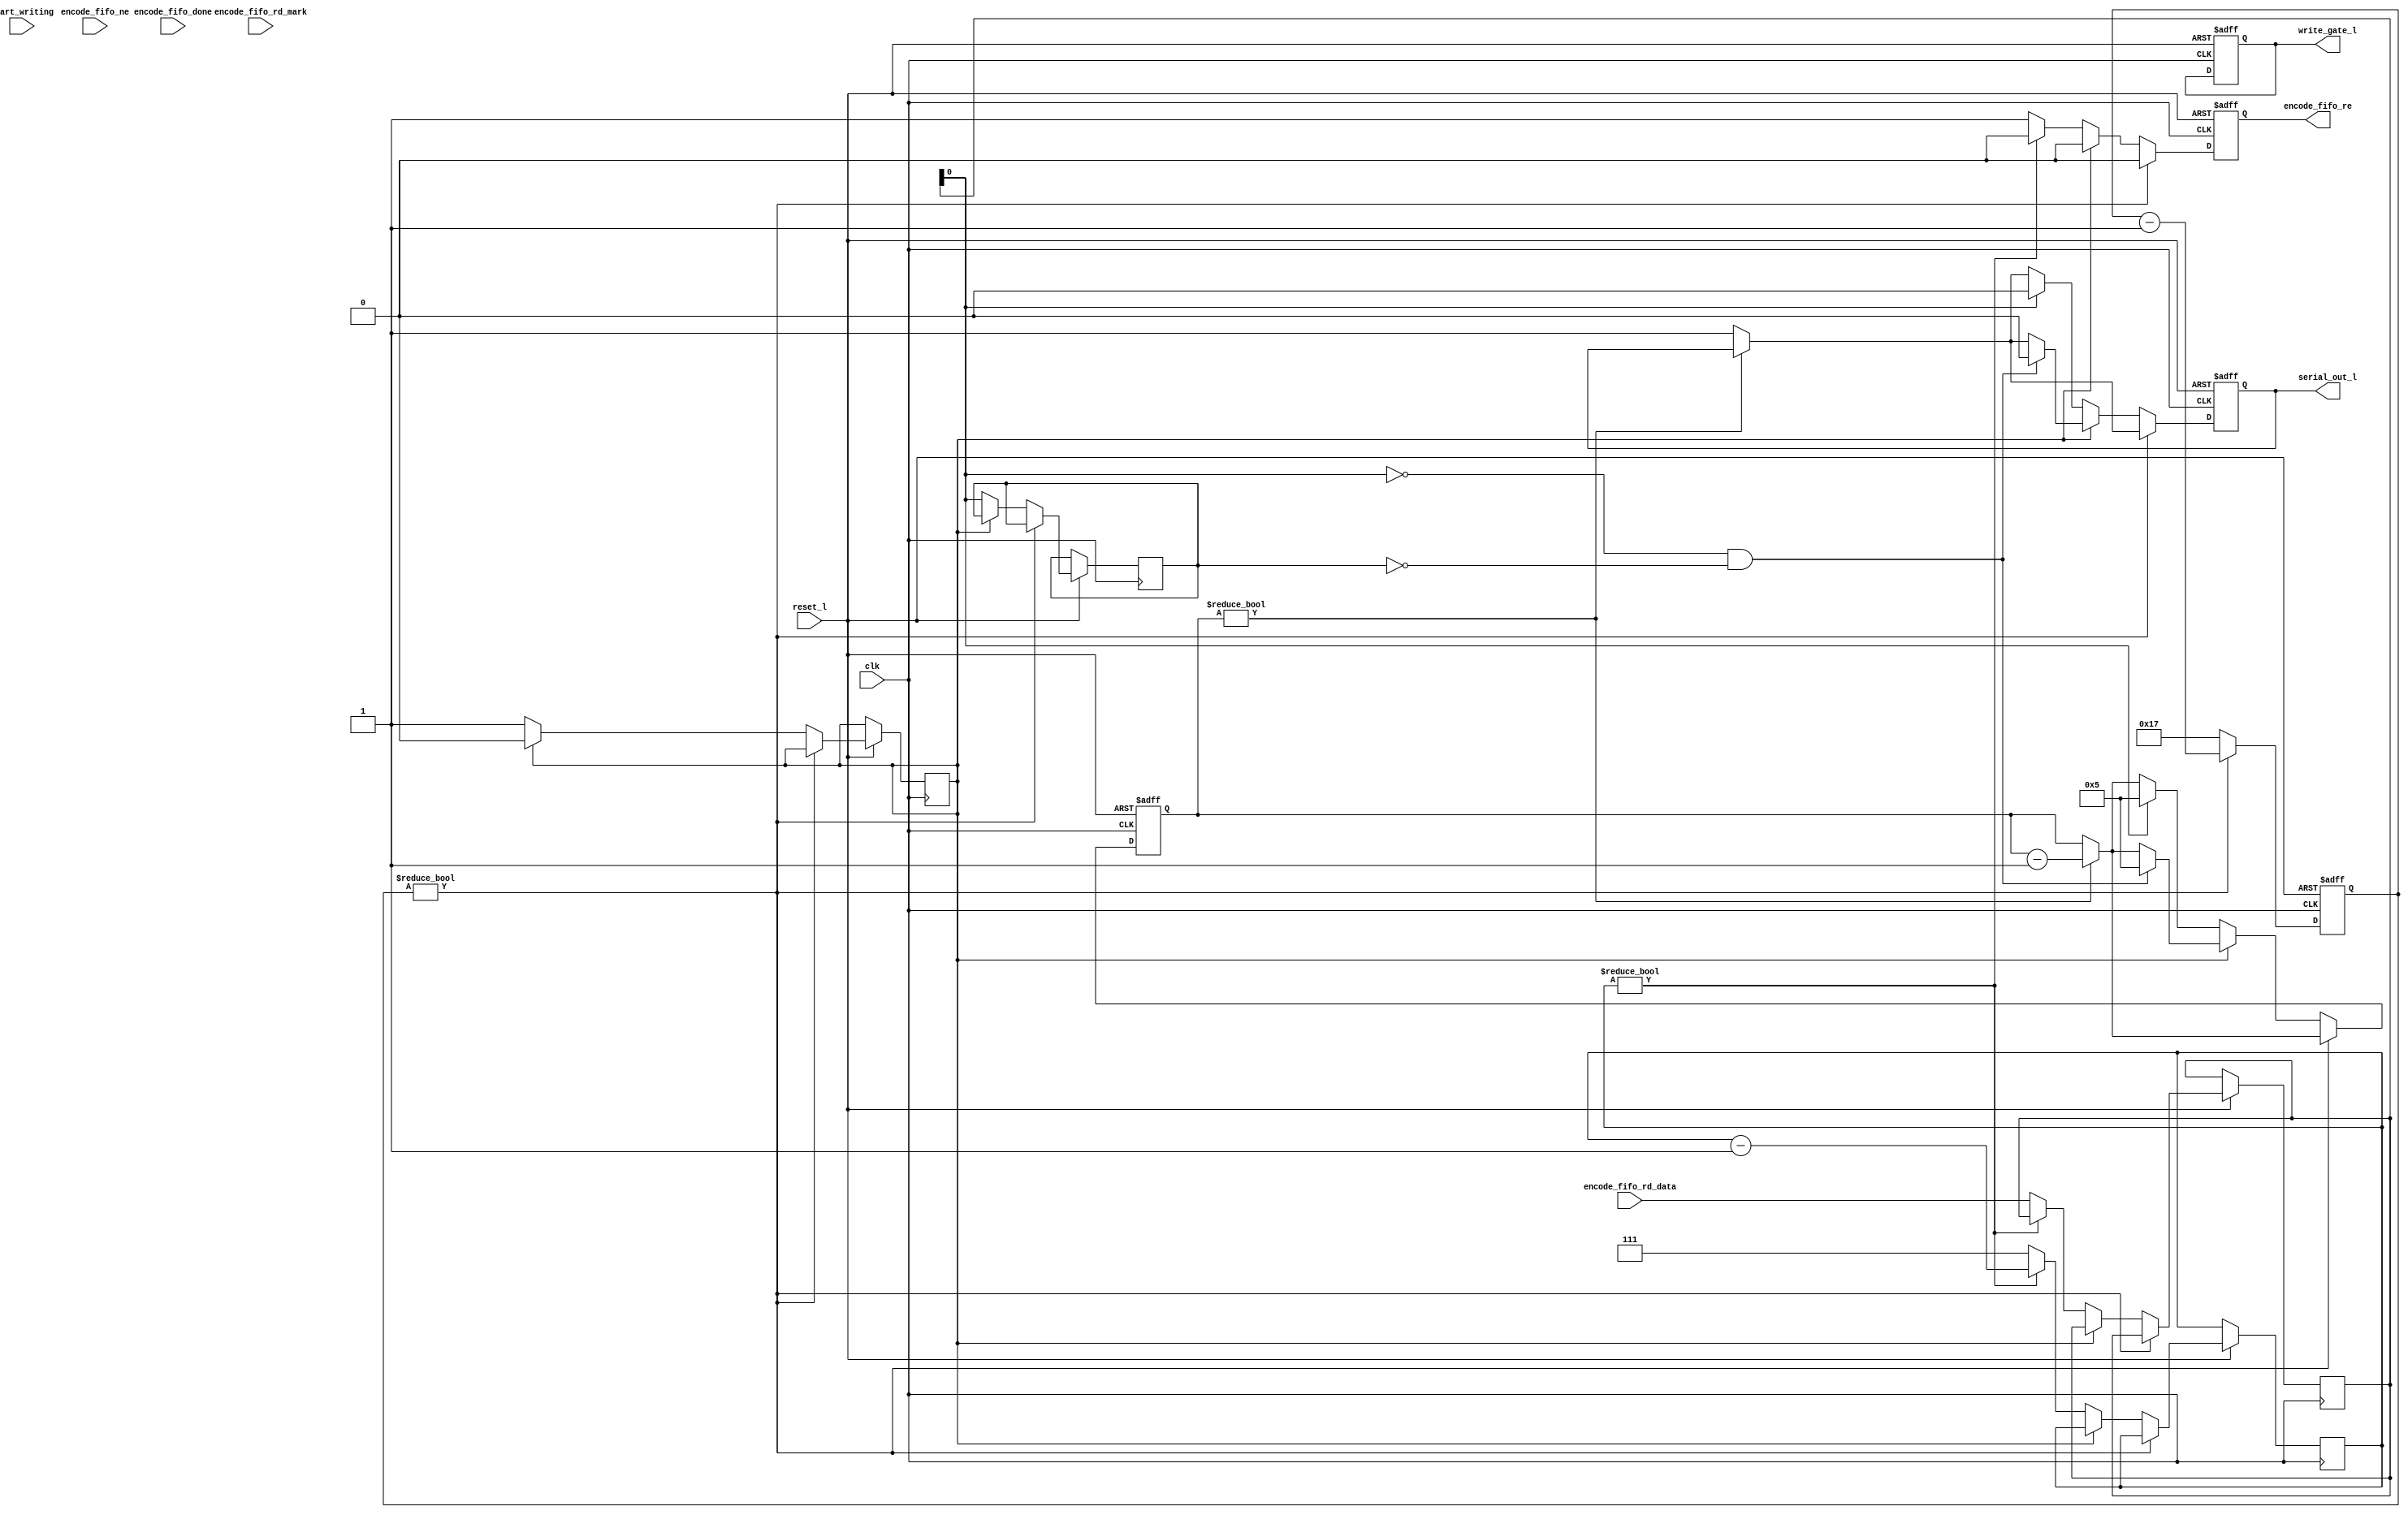
// Encode data as MFM and serialize it

module mfm_write
  (
  input reset_l,
  input clk,

  // Read data from encode FIFO

  input start_writing,			// Flip to start writing

  input [7:0] encode_fifo_rd_data,
  input encode_fifo_rd_mark,		// Set for address mark
  input encode_fifo_done,		// Set along with last word to complete write
  input encode_fifo_ne,			// Not empty
  output reg encode_fifo_re,		// Read enable

  // Encoded data out

  output reg write_gate_l,		// Held low during writing
  output reg serial_out_l		// Pulses low for each flux reversal
  );

parameter BIT_RATE_DIVISOR = 24;	// No. clks per bit cell (two bit cells for transmitted bit)
parameter PULSE_WIDTH = 5;		// Pulse width

reg [6:0] counter;			// Bit cell counter
reg [7:0] shift_reg;			// Transmit shift register
reg [2:0] bit_counter;			// Bit counter
reg prev_bit;				// Value of previously sent bit
reg clk_data;				// Set if next bit clock, clear if next is data

reg [3:0] pulse_counter;

always @(posedge clk or negedge reset_l)
  if(!reset_l)
    begin
      counter <= 0;
      pulse_counter <= 0;
      write_gate_l <= 1;
      serial_out_l <= 1;
      encode_fifo_re <= 0;
    end
  else
    begin
      encode_fifo_re <= 0;

      if (pulse_counter)
        pulse_counter <= pulse_counter - 1;
      else
        serial_out_l <= 1;

      if (counter)
        counter <= counter - 1;
      else
        begin
          counter <= BIT_RATE_DIVISOR - 1;
          if (clk_data)
            begin
              // Send clock
              clk_data <= 0;
              if (!shift_reg[0] && !prev_bit)
                begin
                  serial_out_l <= 0;
                  pulse_counter <= PULSE_WIDTH;
                end
            end
          else
            begin
              // Send data
              clk_data <= 1;
              if (shift_reg[0])
                begin
                  serial_out_l <= 0;
                  pulse_counter <= PULSE_WIDTH;
                end
              prev_bit <= shift_reg[0];
              if (bit_counter)
                bit_counter <= bit_counter - 1;
              else
                begin
                  // Get next byte from FIFO
                  shift_reg <= encode_fifo_rd_data;
                  encode_fifo_re <= 1;
                  bit_counter <= 7;
                end
            end
        end
    end

endmodule